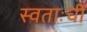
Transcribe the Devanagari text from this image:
स्वताःची